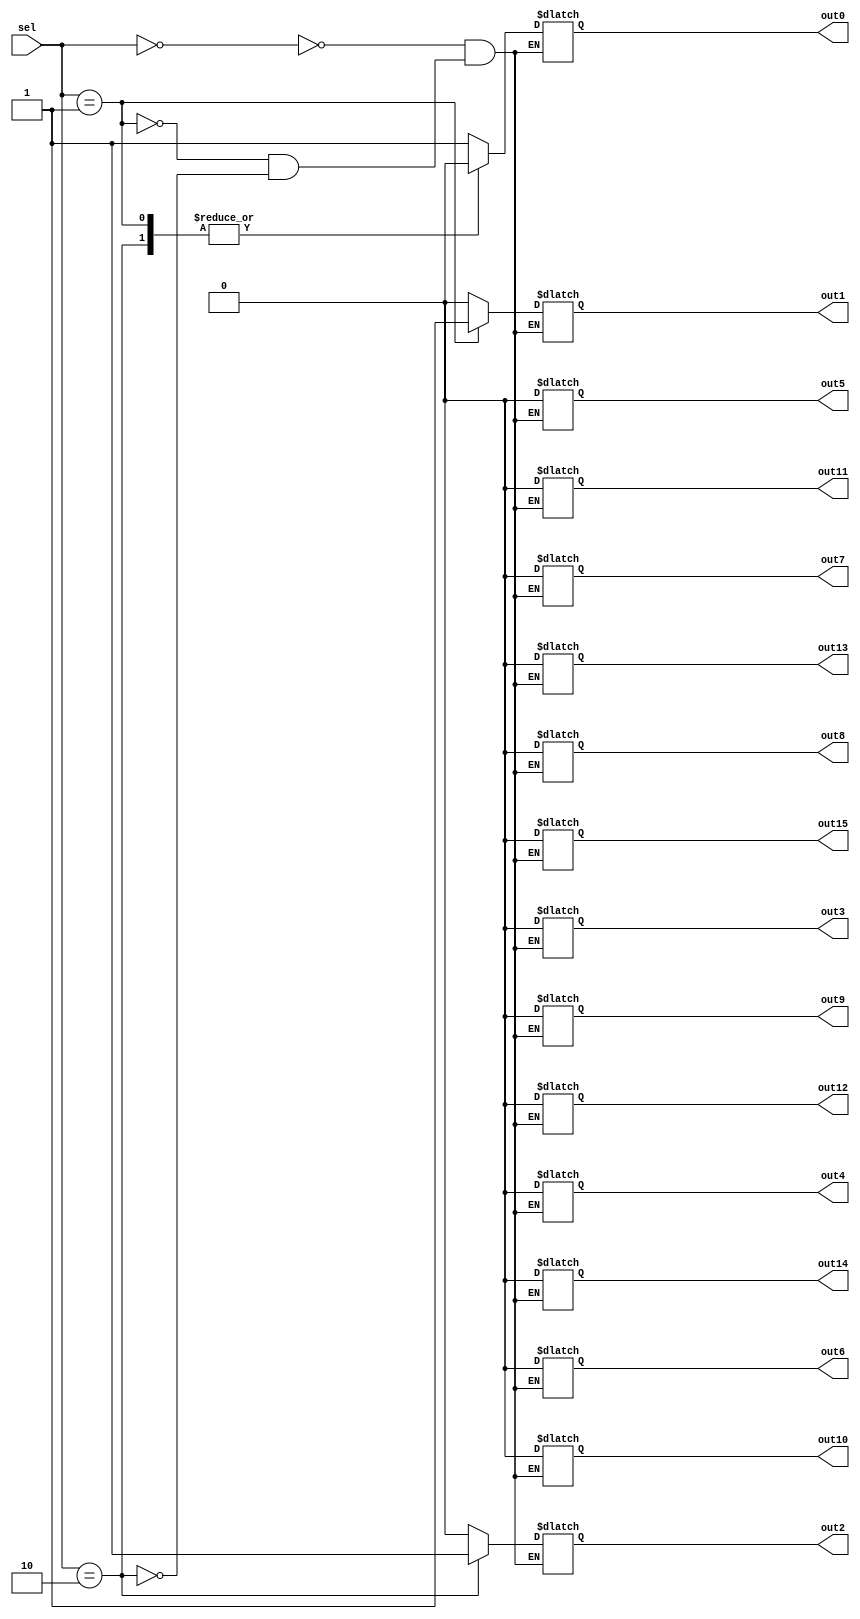
module demux_1to16 (
    input wire [3:0] sel,
    output reg out0, out1, out2, out3, out4, out5, out6, out7, out8, out9, out10, out11, out12, out13, out14, out15
);

always @(*) begin
    case (sel)
        4'b0000: begin out0 = 1; out1 = 0; out2 = 0; out3 = 0; out4 = 0; out5 = 0; out6 = 0; out7 = 0; out8 = 0; out9 = 0; out10 = 0; out11 = 0; out12 = 0; out13 = 0; out14 = 0; out15 = 0; end
        4'b0001: begin out0 = 0; out1 = 1; out2 = 0; out3 = 0; out4 = 0; out5 = 0; out6 = 0; out7 = 0; out8 = 0; out9 = 0; out10 = 0; out11 = 0; out12 = 0; out13 = 0; out14 = 0; out15 = 0; end
        4'b0010: begin out0 = 0; out1 = 0; out2 = 1; out3 = 0; out4 = 0; out5 = 0; out6 = 0; out7 = 0; out8 = 0; out9 = 0; out10 = 0; out11 = 0; out12 = 0; out13 = 0; out14 = 0; out15 = 0; end
        // continue for all 16 possibilities
    endcase
end

endmodule